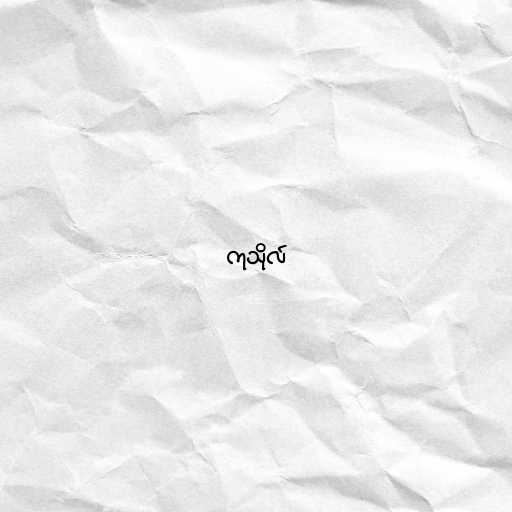
ကုသိုလ်